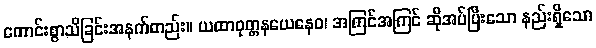
ကောင်းစွာသိခြင်းအနက်တည်း။ ယထာဝုတ္တနယေနေဝ၊ အကြင်အကြင် ဆိုအပ်ပြီးသော နည်းရှိသော